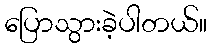
ပြောသွားခဲ့ပါတယ်။